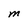
Character: M